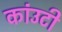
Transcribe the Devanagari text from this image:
कांउटी